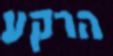
הרקע